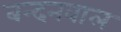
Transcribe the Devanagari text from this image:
बन्दनवाल